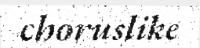
choruslike